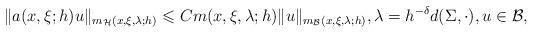
LaTeX: \begin{align*}\|a(x,\xi;h)u\|_{m_\mathcal{H}(x,\xi,\lambda;h)}\leqslant Cm(x,\xi,\lambda;h)\|u\|_{m_\mathcal{B}(x,\xi,\lambda;h)}, \lambda=h^{-\delta}d(\Sigma,\cdot), u\in\mathcal{B},\end{align*}